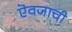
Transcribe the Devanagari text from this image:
ऎवजाची